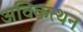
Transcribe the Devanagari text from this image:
अविकत्थन